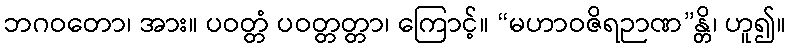
ဘဂဝတော၊ အား။ ပဝတ္တံ ပဝတ္တတ္တာ၊ ကြောင့်။ “မဟာဝဇိရဉာဏ”န္တိ၊ ဟူ၍။